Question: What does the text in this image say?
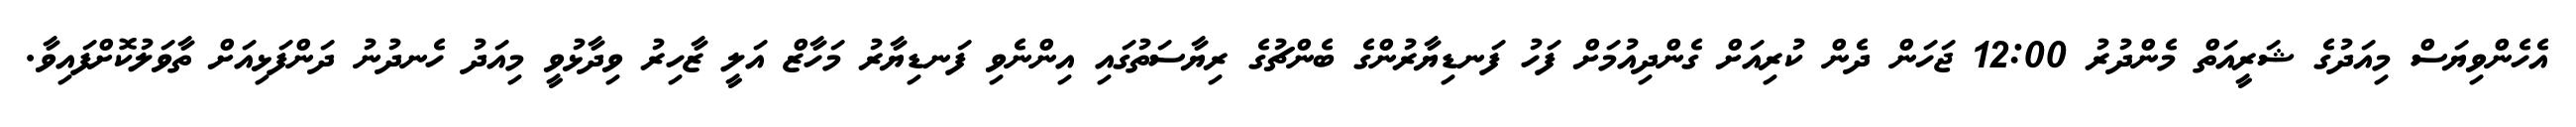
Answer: އެހެންވިޔަސް މިއަދުގެ ޝަރީއަތް މެންދުރު 12:00 ޖަހަން ދެން ކުރިއަށް ގެންދިއުމަށް ފަހު ފަނޑިޔާރުންގެ ބެންޗުގެ ރިޔާސަތުގައި އިންނެވި ފަނޑިޔާރު މަހާޒް އަލީ ޒާހިރު ވިދާޅުވީ މިއަދު ހެނދުނު ދަންފަޅިއަށް ތާވަލުކޮށްފައިވާ.